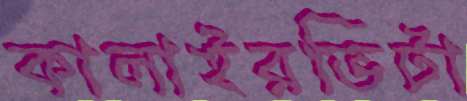
কালাইরভিটা